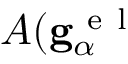
A ( \mathbf { g } _ { \alpha } ^ { \mathrm { ~ e ~ l ~ } }